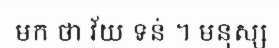
មក ថា វ័យ ទន់ ។ មនុស្ស